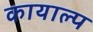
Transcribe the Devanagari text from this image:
कायाल्प